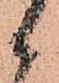
候